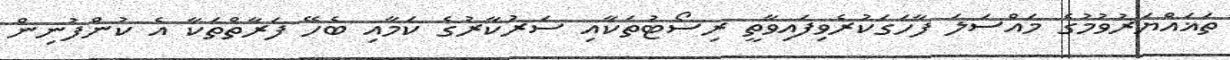
ތަޣައްޔަރުވުމުގެ މައްސަލަ ފާހަގަކުރެވިފައިވާތީ ރިސޯޓުތަކާއި ސަރުކާރުގެ ކަމާއި ބެހޭ ފަރާތްތަކާ އެ ކުންފުނިން